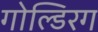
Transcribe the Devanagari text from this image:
गोल्डिरग